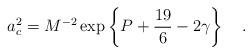
LaTeX: \begin{align*} a_c^2=M^{-2}\exp\left\{P+{19 \over6}-2\gamma\right\}~~~.\end{align*}